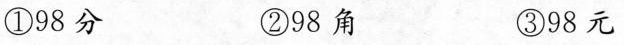
①98分 ②98角 ③98元